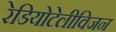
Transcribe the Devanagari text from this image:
रेडियोटेलीविजन